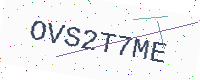
Text: OVS2T7ME